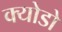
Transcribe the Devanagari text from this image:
क्योडो